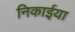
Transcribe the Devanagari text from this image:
निकाईया